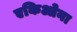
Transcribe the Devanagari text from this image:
एकिओना